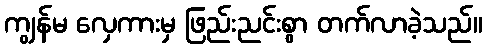
ကျွန်မ လှေကားမှ ဖြည်းညင်းစွာ တက်လာခဲ့သည်။